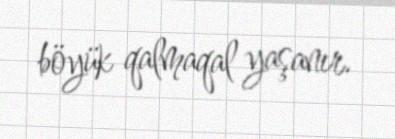
böyük qalmaqal yaşanır.